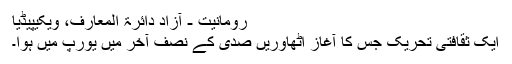
رومانیت - آزاد دائرۃ المعارف، ویکیپیڈیا
ایک ثقافتی تحریک جس کا آغاز اٹھاوریں صدی کے نصف آخر میں یورپ میں ہوا۔